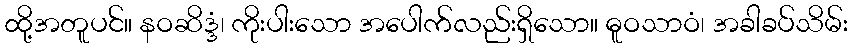
ထို့အတူပင်။ နဝဆိဒ္ဒံ၊ ကိုးပါးသော အပေါက်လည်းရှိသော။ ဓူဝသာဝံ၊ အခါခပ်သိမ်း